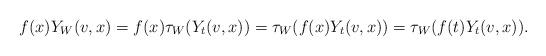
LaTeX: \begin{align*}f(x)Y_W(v,x) = f(x)\tau_W(Y_t(v,x)) =\tau_W(f(x)Y_t(v,x)) = \tau_W(f(t)Y_t(v,x)).\end{align*}